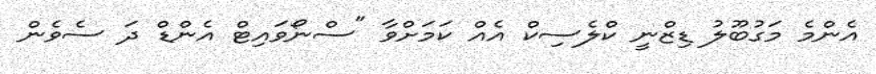
އެންމެ މަގުބޫލު ޑިޒްނީ ކްލެސިކް އެއް ކަމަށްވާ "ސްނޯވައިޓް އެންޑް ދަ ސެވެން